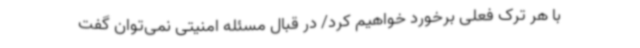
با هر ترک فعلی برخورد خواهیم کرد/ در قبال مسئله امنیتی نمی‌توان گفت